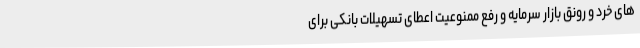
های خرد و رونق بازار سرمایه و رفع ممنوعیت اعطای تسهیلات بانکی برای